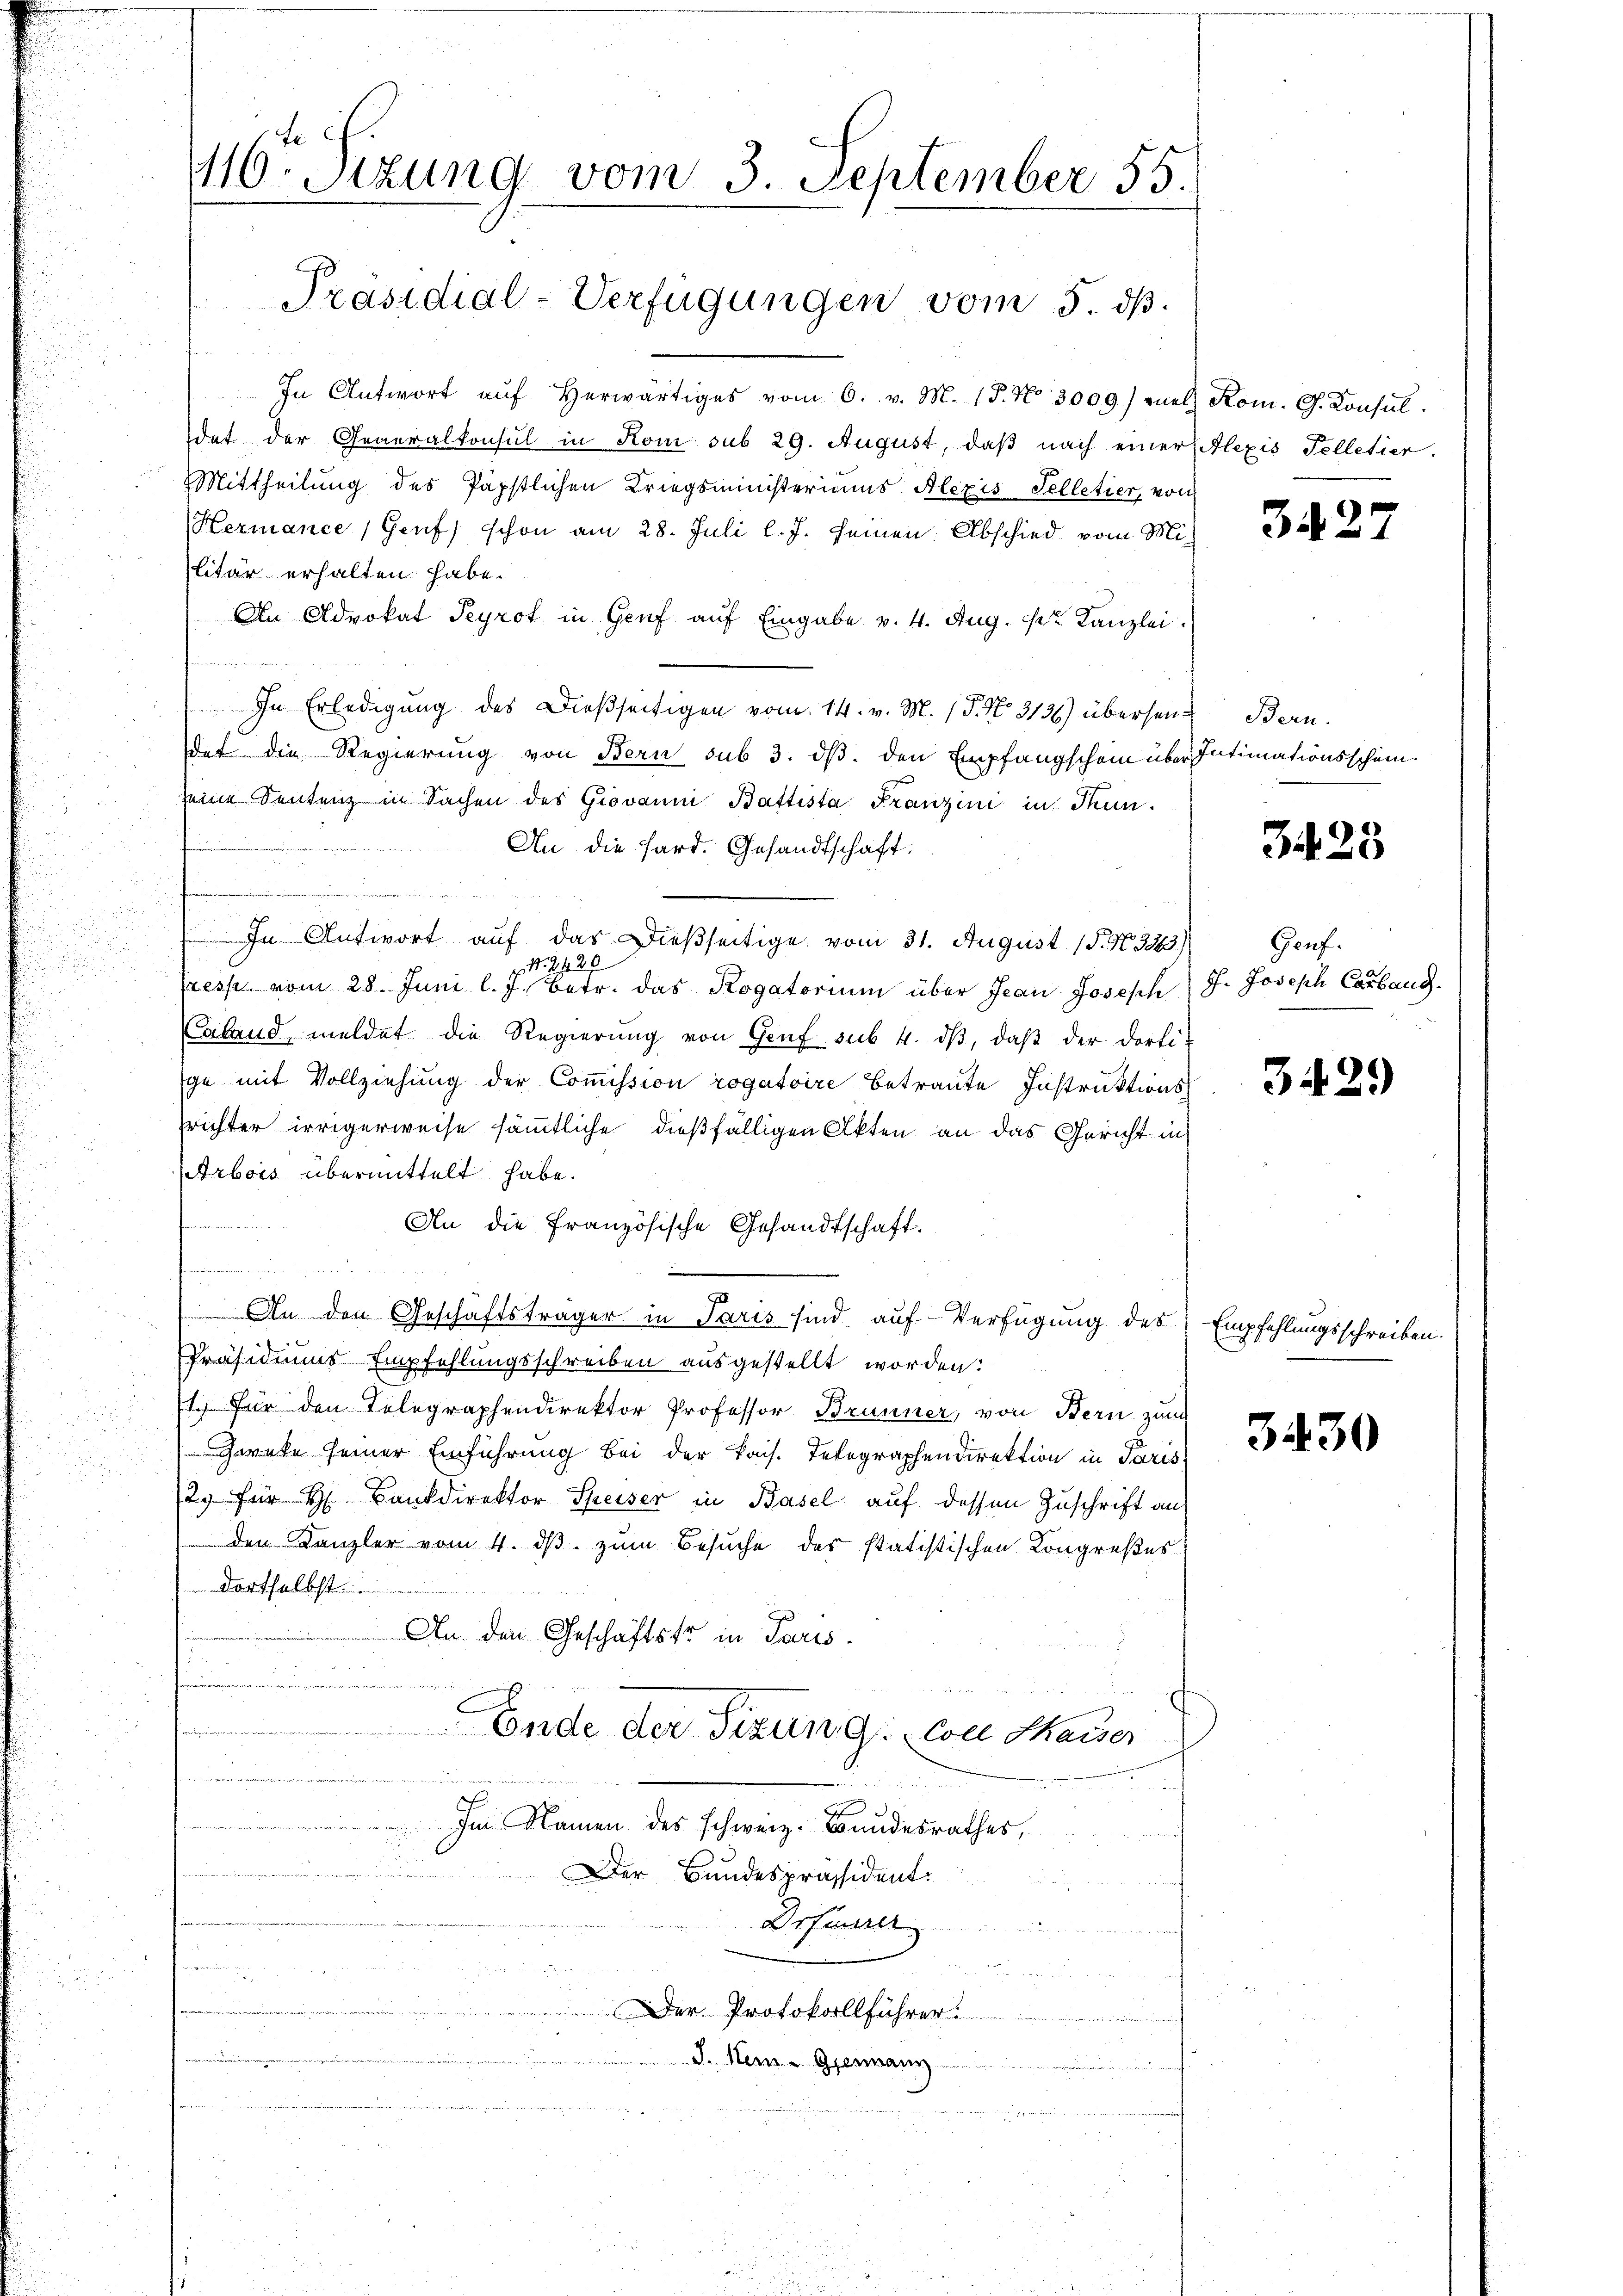
1116. Sizung vom 3. September 55.

Präsidial-Verfügungen vom 5. ds.

In Antwort aŭf herwärtiges vom 6. v. M. 18. No 3009) vel Rom. G. Konsul
dat der Generalkonsul in Rom sub 29. August, daß nach einer Alexis Telletier.
Mittheilung des Päpstlichen Kriegsministeriums Alexis Telletier, von
Hermance (Genf schon am 28. Juli l. J. seinen Abschied vom Mi
litär erhalten habe.
An Advokat Peyrot in Genf auf Eingabe v. 4. Aug. pr. Kanzlei.
 gegen
In Erledigung des Dießseitigen vom 14. v. M. (T. No. 3136) übersendet die Regierung von Bern sub 3. ds. den Empfangschein über Intimationsschein.
seine Sentenz in Sachen des Giovanni Battista Franzini in Thun.
An die Hard. Gesandtschaft.
In Antwort auf das dießseitige vom 31. August 18. No. 3363)
N. 2420
(resp. vom 28. Juni l. J. betr. das Rogatorium über Jean Joseph J. Joseph Carbaug
Laband meldet die Regierŭng von Genf sub. 4. dβ, daβ der dortige mit Vollziehung der Commission rogatoire betraute Instruktionsprichter irrigerweise sämmtliche dießfälligen Akten an das Gericht in
Arbois übermittelt habe.

An die Französische Gesandtschaft.

 An den Geschäftsträger in Paris sind auf Verfügung des Empfehlungsschreiben.
Präsidiums Empfehlungsschreiben ausgestellt worden:
1. Für den Telegraphendirektor Professor Brunner, von Bern zum
Zweke seiner Einführung bei der kais. Telegraphendirektion in Paris
2. für H. Bankdirektor Speiser in Basel auf dessen Zuschrift an
den Kanzler vom 4. ds. zum Besuche der statistischen Kongreßes
 dortselbst
An den Geschäftstr in Paris.
.
Ende der Situng: von Maiser
  die an

i
Im Namen des schweiz. Bundesrathes,
 Der Bundespräsident.
Drfeurer
Margarette
Der Protokollführer
n
J. Mein Germann

342

Bern.

3428

Gauf.

3429

3430